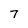
Character: 7